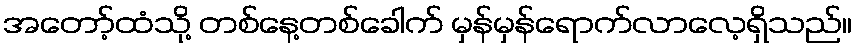
အတော့်ထံသို့ တစ်နေ့တစ်ခေါက် မှန်မှန်ရောက်လာလေ့ရှိသည်။